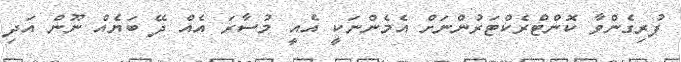
ފުރިގެންވާ ކޮންޓްރެކްޓަރުންނަށް އެމެންނަކީ އެއީ މުސާރަ އެއް ދޭ ބަޔެއް ނޫން އަދި